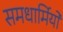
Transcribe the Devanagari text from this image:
समधार्मियों